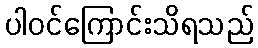
ပါဝင်ကြောင်းသိရသည်